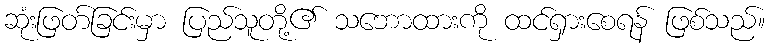
ဆုံးဖြတ်ခြင်းမှာ ပြည်သူတို့၏ သဘောထားကို ထင်ရှားစေရန် ဖြစ်သည်။